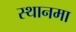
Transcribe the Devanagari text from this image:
स्थानमा